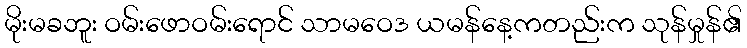
မိုးမခဘူး ဝမ်းဖောဝမ်းရောင် သာမဝေဒ ယမန်နေ့ကတည်းက သုန်မှုန်၏